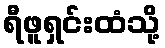
ရီဖူရှင်းထံသို့